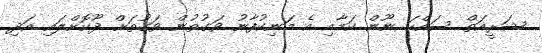
ޝަރީއަތް ސައްހަ ނޫން ކަމާއި އެ މަނިކުފާނު ވަގުތުން ވަގުތަށް ދޫކޮށްލައި އަދި